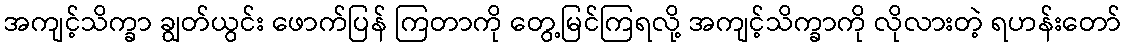
အကျင့်သိက္ခာ ချွတ်ယွင်း ဖောက်ပြန် ကြတာကို တွေ့မြင်ကြရလို့ အကျင့်သိက္ခာကို လိုလားတဲ့ ရဟန်းတော်